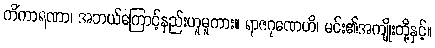
ကိံကာရဏာ၊ အဘယ်ကြောင့်နည်းဟူမူကား။ ရာဇဂုဏေဟိ၊ မင်း၏အကျိုးတို့နှင့်။